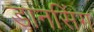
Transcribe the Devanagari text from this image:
डानसिंग